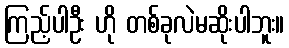
ကြည့်ပါဦး ဟို တစ်ခုလဲမဆိုးပါဘူး။